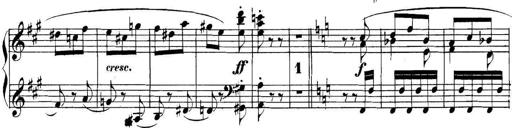
Title: Collected Piano Sonatas
Composer: Muzio Clementi